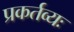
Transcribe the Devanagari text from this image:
प्रकर्तव्यः